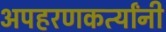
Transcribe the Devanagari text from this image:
अपहरणकर्त्यांनी